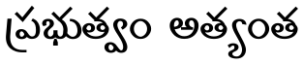
ప్రభుత్వం అత్యంత